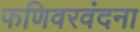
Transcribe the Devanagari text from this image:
फणिवरवंदना